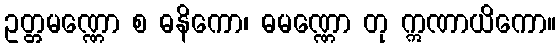
ဥတ္တမဏ္ဏော စ ဓနိကော၊ ဓမဏ္ဏော တု ဣဏာယိကော။